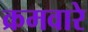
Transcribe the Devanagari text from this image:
क्रमवारे